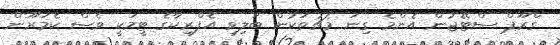
ގްރޫޕް ސްޓޭޖުން އެންމެ ގިނަ މެޗުތަކުން ބަލިވި އެފްރިކާގެ ޓީމަކީ ވެސް ކެމަރޫން